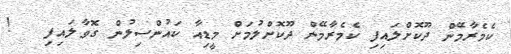
ކެމެރާމޭން ދޫކޮށްލައިފި ކެމެރާމޭން ދޫކޮށްލުމަށް މީޑިއާ ކައުންސިލުން ގޮވާލައިފި   !